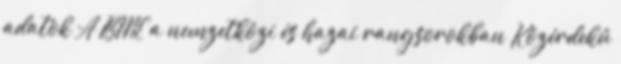
adatok A BME a nemzetközi és hazai rangsorokban Közérdekű